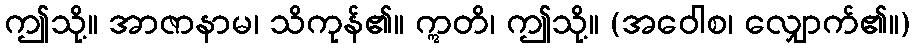
ဤသို့။ အာဇာနာမ၊ သိကုန်၏။ ဣတိ၊ ဤသို့။ (အဝေါစ၊ လျှောက်၏။)